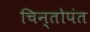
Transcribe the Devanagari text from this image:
चिन्तोपंत